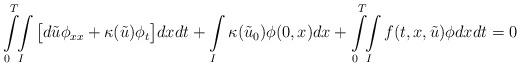
LaTeX: \begin{align*}\int\limits_{0}^T\!\!\int\limits_{I} \big[d\tilde{u}\phi_{xx}+\kappa(\tilde{u})\phi_t\big]dxdt+\int\limits_{I}\kappa(\tilde{u}_0)\phi(0,x)dx+\int\limits_{0}^T\!\!\int\limits_{I} f(t,x,\tilde{u})\phi dxdt=0\end{align*}